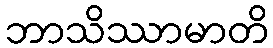
ဘာသိဿာမာတိ